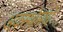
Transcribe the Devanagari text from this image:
अवस्थेमधे